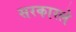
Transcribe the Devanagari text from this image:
सरकारले